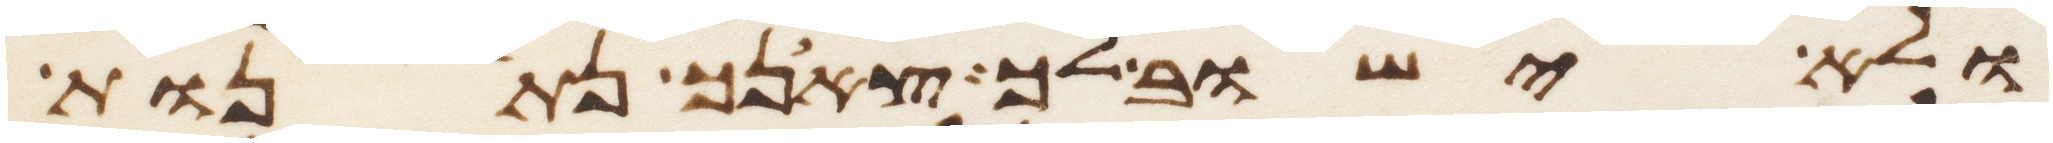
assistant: ולא ישוב לך צאנך נתנות